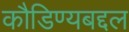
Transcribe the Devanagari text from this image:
कौडिण्यबद्दल